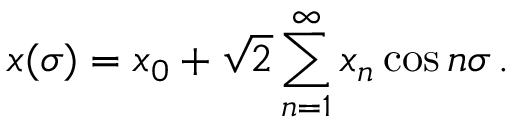
x ( \sigma ) = x _ { 0 } + \sqrt { 2 } \sum _ { n = 1 } ^ { \infty } x _ { n } \cos n \sigma \, .